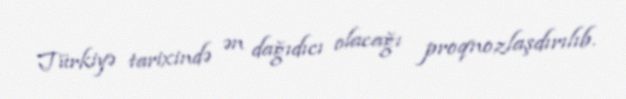
Türkiyə tarixində ən dağıdıcı olacağı proqnozlaşdırılıb.